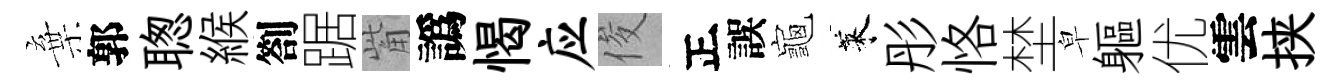
棄郭聦緱劄踞觜譌愒应俊正誤龜萊彤恪埜皁軀优雲挟